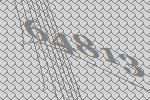
64813